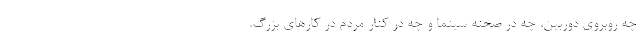
چه روبروی دوربین، چه در صحنه سینما و چه در کنار مردم در کارهای بزرگ.